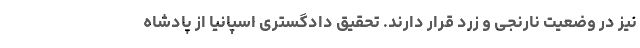
نیز در وضعیت نارنجی و زرد قرار دارند. تحقیق دادگستری اسپانیا از پادشاه